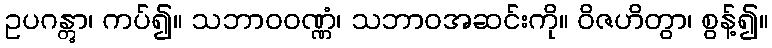
ဥပဂန္တွာ၊ ကပ်၍။ သဘာဝဝဏ္ဏံ၊ သဘာဝအဆင်းကို။ ဝိဇဟိတွာ၊ စွန့်၍။